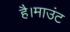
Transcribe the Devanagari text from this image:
है।माउंट